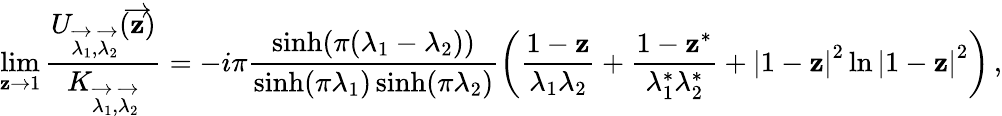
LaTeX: \operatorname*{lim}_{\mathbf{z}\rightarrow1}{\frac{{U_{\overrightarrow{{\lambda_{1}}},\overrightarrow{{\lambda_{2}}}}(\overrightarrow{{\mathbf{z}}})}}{{K_{\overrightarrow{{\lambda_{1}}},\overrightarrow{{\lambda_{2}}}}}}}=-i\pi\frac{{\sinh(\pi(\lambda_{1}-\lambda_{2}))}}{{\sinh(\pi\lambda_{1})\sinh(\pi\lambda_{2})}}\left(\frac{{1-\mathbf{z}}}{{\lambda_{1}\lambda_{2}}}+\frac{{1-\mathbf{z}^{*}}}{{\lambda_{1}^{*}\lambda_{2}^{*}}}+\left|1-\mathbf{z}\right|^{2}\ln\left|1-\mathbf{z}\right|^{2}\right)\, ,